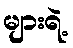
များရဲ့